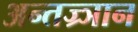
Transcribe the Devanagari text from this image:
अन्तज्र्ञान